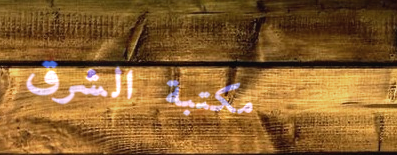
مكتبة الشرق